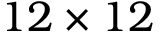
1 2 \times 1 2